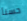
حسنأ